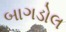
બાગડોલ